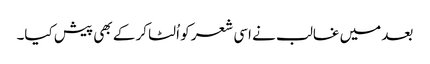
بعد میں غالب نے اسی شعر کو اُلٹا کر کے بھی پیش کیا۔